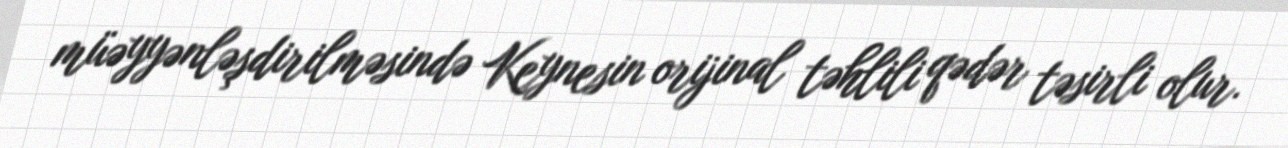
müəyyənləşdirilməsində Keynesin orijinal təhlili qədər təsirli olur.